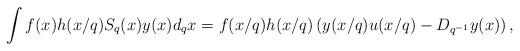
LaTeX: \begin{align*} \int f(x) h(x/q) S_q(x) y(x) d_qx = f(x/q) h(x/q) \left(y(x/q) u(x/q) - D_{q^{-1}} y(x)\right),\end{align*}